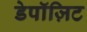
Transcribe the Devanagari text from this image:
डेपॉज़िट